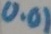
Text: 0.01